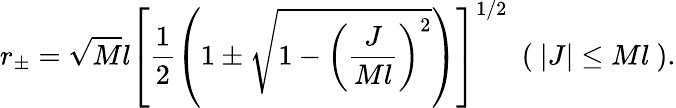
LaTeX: r_{\pm}=\sqrt{M}l\left[\frac{1}{2}\left(1\pm\sqrt{1-\left(\frac{J}{Ml}\right)^{2}}\right)\right]^{1/2}~~(~|J|\leq Ml~).